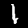
Digit: 1